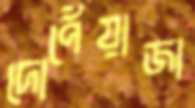
দোপেঁয়াজা